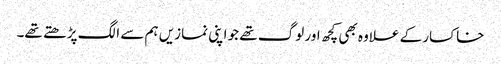
خاکسار کے علاوہ بھی کچھ اور لوگ تھے جو اپنی نمازیں ہم سے الگ پڑھتے تھے۔